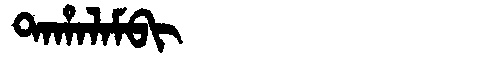
Manchu: ᡨᠠᡥᠠᠯᠠᠮᠪᡳ
Romanization: TAHALAMBI